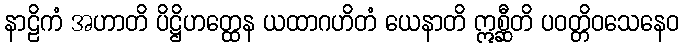
နာဠိကံ အဟာတိ ပိဋ္ဌိဟတ္ထေန ယထာဂဟိတံ ယေနာတိ ဣစ္ဆီတိ ပဝတ္တိဝသေနေဝ